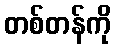
တစ်တန်ကို